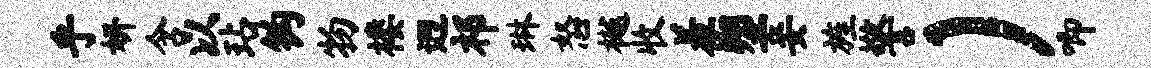
乎妍含以玷钩物楼迥祁琳怒樾收羞塑妾旌警）唧